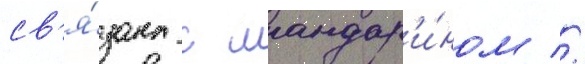
св'я́зана с мандар'и́ном //